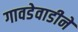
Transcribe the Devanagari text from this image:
गावडेवाडीने